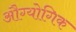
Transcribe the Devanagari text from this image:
औग्योगिक